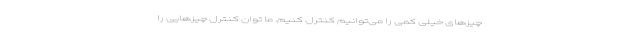
چیزهای خیلی کمی را می‌توانیم کنترل کنیم. ما توان کنترل چیزهایی را